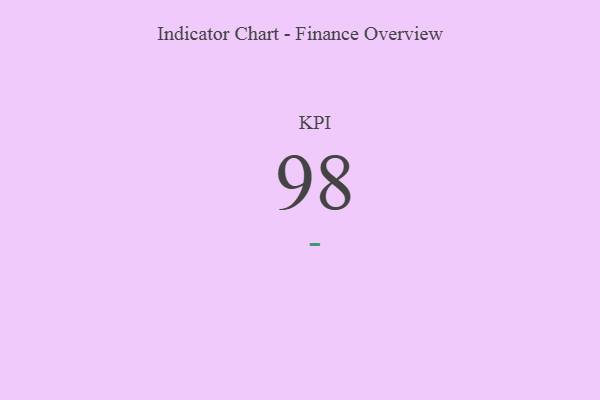
{"axis": {"x": "KPI", "y": "Value"}, "legend": [""], "data": [{"x": "KPI", "y": 98, "type": ""}]}